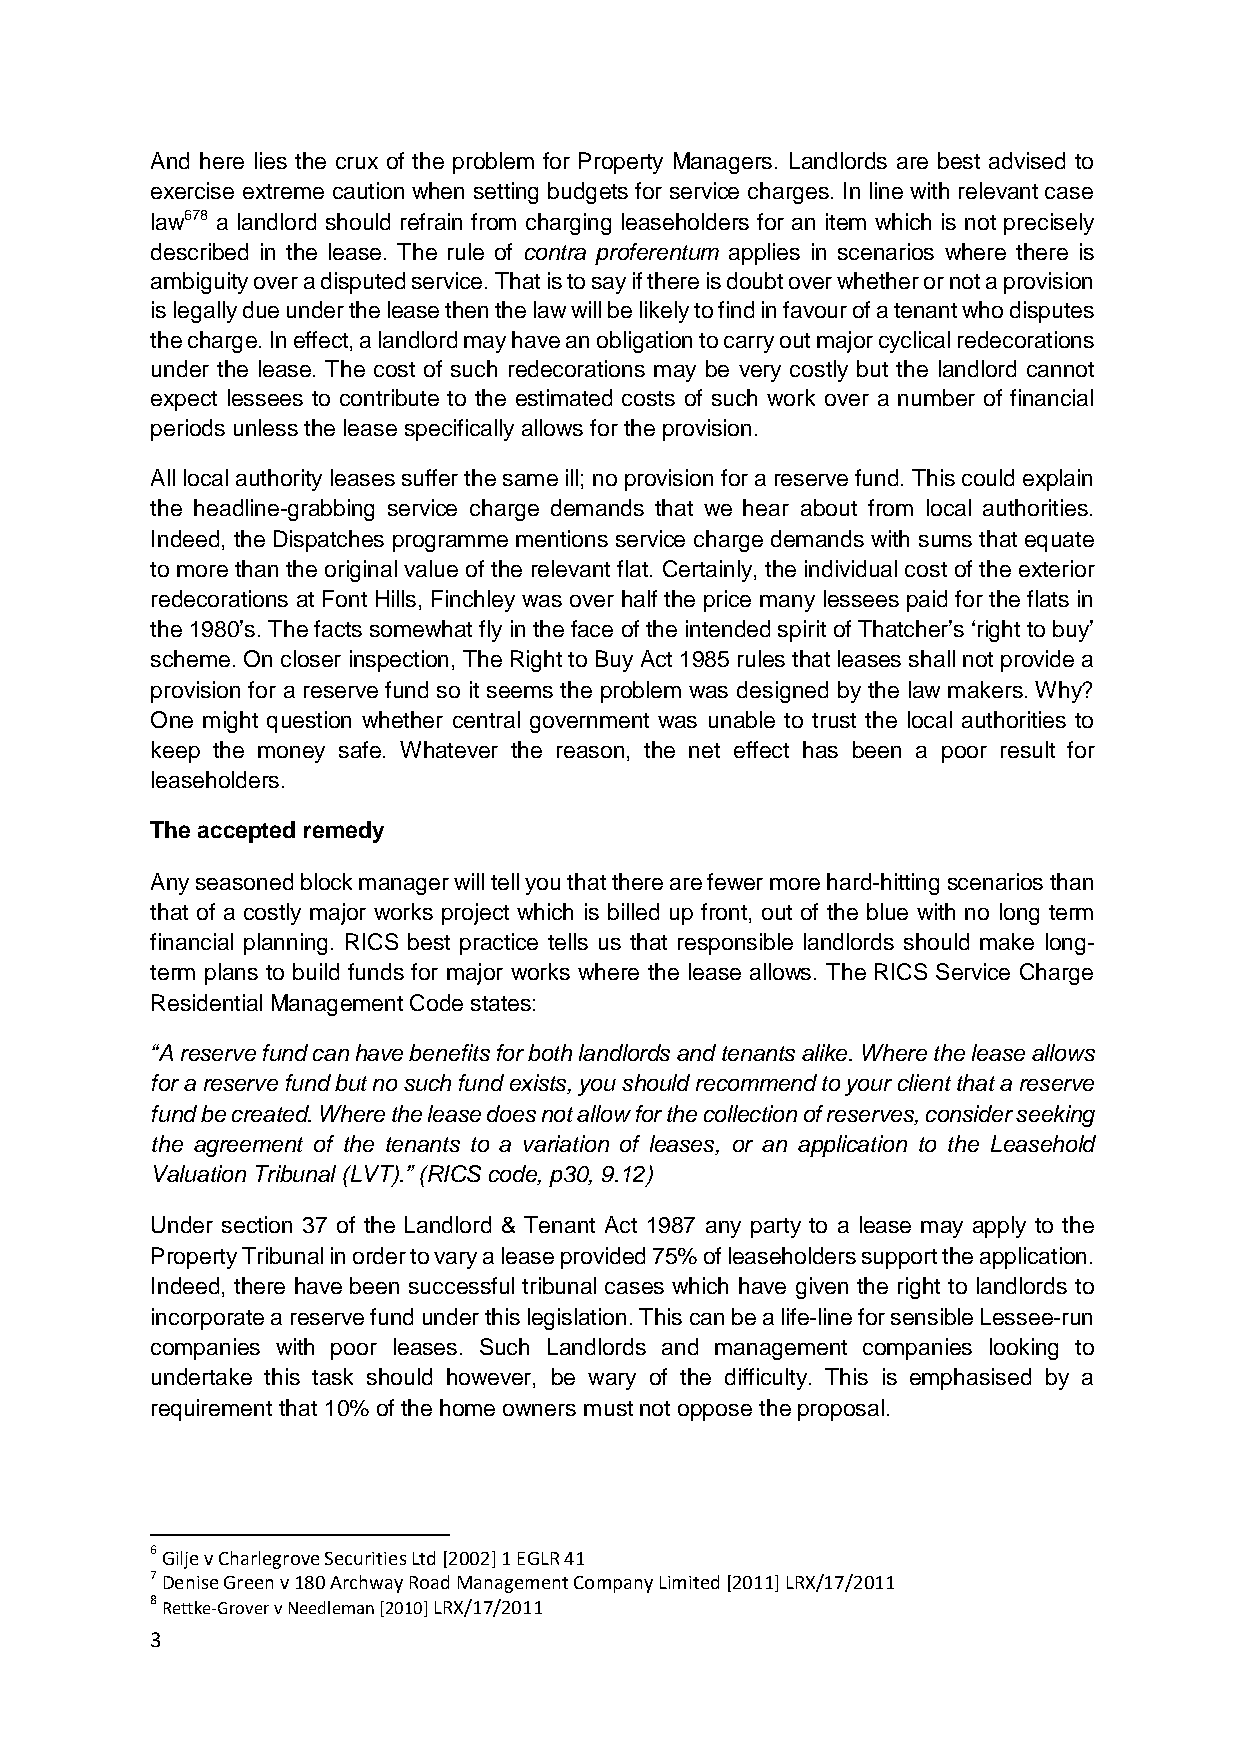
And here lies the crux of the problem for Property Managers. Landlords are best advised to
 exercise extreme caution when setting budgets for service charges. In line with relevant case
 law678 a landlord should refrain from charging leaseholders for an item which is not precisely
 described in the lease. The rule of contra proferentum applies in scenarios where there is
 ambiguity over a disputed service. That is to say if there is doubt over whether or not a provision
 is legally due under the lease then the law will be likely to find in favour of a tenant who disputes
 the charge. In effect, a landlord may have an obligation to carry out major cyclical redecorations
 under the lease. The cost of such redecorations may be very costly but the landlord cannot
 expect lessees to contribute to the estimated costs of such work over a number of financial
 periods unless the lease specifically allows for the provision.
 All local authority leases suffer the same ill; no provision for a reserve fund. This could explain
 the headline-grabbing service charge demands that we hear about from local authorities.
 Indeed, the Dispatches programme mentions service charge demands with sums that equate
 to more than the original value of the relevant flat. Certainly, the individual cost of the exterior
 redecorations at Font Hills, Finchley was over half the price many lessees paid for the flats in
 the 1980’s. The facts somewhat fly in the face of the intended spirit of Thatcher’s ‘right to buy’
 scheme. On closer inspection, The Right to Buy Act 1985 rules that leases shall not provide a
 provision for a reserve fund so it seems the problem was designed by the law makers. Why?
 One might question whether central government was unable to trust the local authorities to
 keep the money safe. Whatever the reason, the net effect has been a poor result for
 leaseholders.
 The accepted remedy
 Any seasoned block manager will tell you that there are fewer more hard-hitting scenarios than
 that of a costly major works project which is billed up front, out of the blue with no long term
 financial planning. RICS best practice tells us that responsible landlords should make long-
 term plans to build funds for major works where the lease allows. The RICS Service Charge
 Residential Management Code states:
 “A reserve fund can have benefits for both landlords and tenants alike. Where the lease allows
 for a reserve fund but no such fund exists, you should recommend to your client that a reserve
 fund be created. Where the lease does not allow for the collection of reserves, consider seeking
 the agreement of the tenants to a variation of leases, or an application to the Leasehold
 Valuation Tribunal (LVT).” (RICS code, p30, 9.12)
 Under section 37 of the Landlord & Tenant Act 1987 any party to a lease may apply to the
 Property Tribunal in order to vary a lease provided 75% of leaseholders support the application.
 Indeed, there have been successful tribunal cases which have given the right to landlords to
 incorporate a reserve fund under this legislation. This can be a life-line for sensible Lessee-run
 companies with poor leases. Such Landlords and management companies looking to
 undertake this task should however, be wary of the difficulty. This is emphasised by a
 requirement that 10% of the home owners must not oppose the proposal.
 6 Gilje v Charlegrove Securities Ltd [2002] 1 EGLR 41
 7 Denise Green v 180 Archway Road Management Company Limited [2011] LRX/17/2011
 8 Rettke-Grover v Needleman [2010] LRX/17/2011
 3